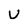
Character: u